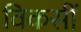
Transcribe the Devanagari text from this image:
विकसीं